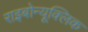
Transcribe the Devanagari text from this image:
राइबोन्यूक्लिक